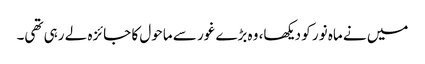
میں نے ماہ نور کو دیکھا، وہ بڑے غور سے ماحول کا جائزہ لے رہی تھی۔